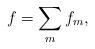
LaTeX: \begin{align*}f &= \sum_m f_m,\end{align*}